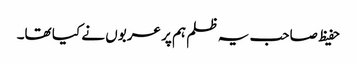
حفیظ صاحب یہ ظلم ہم پر عربوں نے کیا تھا۔